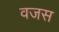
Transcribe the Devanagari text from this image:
वजस